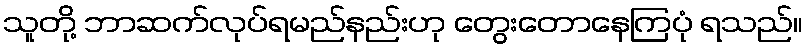
သူတို့ ဘာဆက်လုပ်ရမည်နည်းဟု တွေးတောနေကြပုံ ရသည်။